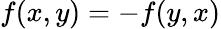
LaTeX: f(x,y)=-f(y,x)